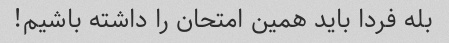
بله فردا باید همین امتحان را داشته باشیم!